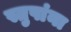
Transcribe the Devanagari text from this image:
स्तुपांना